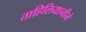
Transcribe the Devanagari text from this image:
ताहिलियानीने